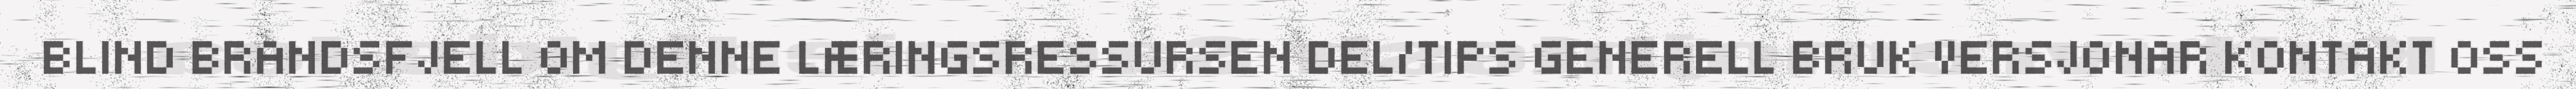
BLIND BRANDSFJELL OM DENNE LÆRINGSRESSURSEN DEL/TIPS GENERELL BRUK VERSJONAR KONTAKT OSS